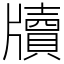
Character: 牘